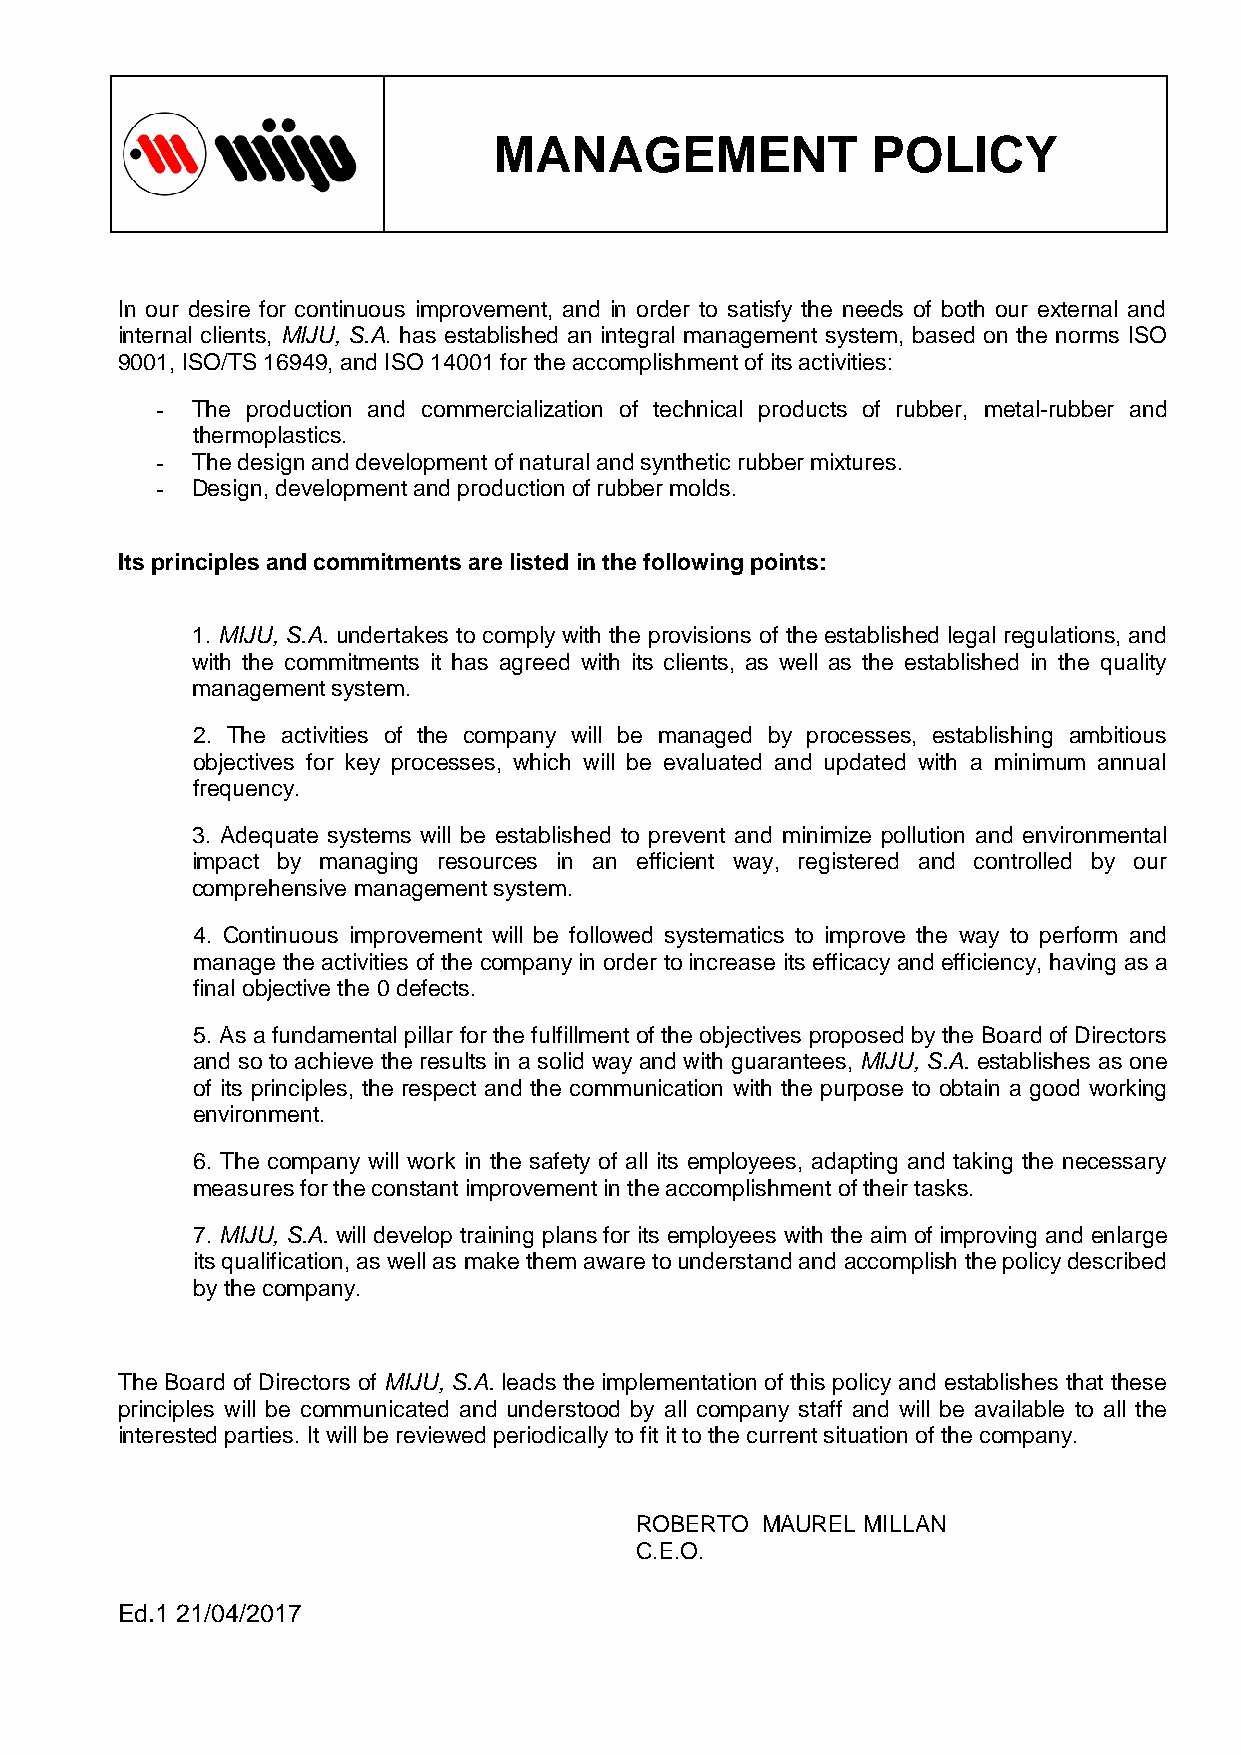
MANAGEMENT               POLICY
 In our desire for continuous improvement, and in order to satisfy the needs of both our external and
 internal clients, MIJU, S.A. has established an integral management system, based on the norms ISO
 9001, ISO/TS 16949, and ISO 14001 for the accomplishment of its activities:
 -  The production and commercialization of technical products of rubber, metal-rubber and
 thermoplastics.
 -  The design and development of natural and synthetic rubber mixtures.
 -  Design, development and production of rubber molds.
 Its principles and commitments are listed in the following points:
 1. MIJU, S.A. undertakes to comply with the provisions of the established legal regulations, and
 with the commitments it has agreed with its clients, as well as the established in the quality
 management system.
 2. The activities of the company will be managed by processes, establishing ambitious
 objectives for key processes, which will be evaluated and updated with a minimum annual
 frequency.
 3. Adequate systems will be established to prevent and minimize pollution and environmental
 impact by managing resources in an efficient way, registered and controlled by our
 comprehensive management system.
 4. Continuous improvement will be followed systematics to improve the way to perform and
 manage the activities of the company in order to increase its efficacy and efficiency, having as a
 final objective the 0 defects.
 5. As a fundamental pillar for the fulfillment of the objectives proposed by the Board of Directors
 and so to achieve the results in a solid way and with guarantees, MIJU, S.A. establishes as one
 of its principles, the respect and the communication with the purpose to obtain a good working
 environment.
 6. The company will work in the safety of all its employees, adapting and taking the necessary
 measures for the constant improvement in the accomplishment of their tasks.
 7. MIJU, S.A. will develop training plans for its employees with the aim of improving and enlarge
 its qualification, as well as make them aware to understand and accomplish the policy described
 by the company.
 The Board of Directors of MIJU, S.A. leads the implementation of this policy and establishes that these
 principles will be communicated and understood by all company staff and will be available to all the
 interested parties. It will be reviewed periodically to fit it to the current situation of the company.
 ROBERTO MAUREL MILLAN
 C.E.O.
 Ed.1 21/04/2017